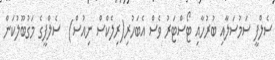
ސެލްފީ ސަމުސަލާއި ބުރުހާއި ޓޯސްޓަރު ވެސް އެބަހުރި(ރިލެކްސް ނިއުސް)  ސެލްފީގެ މަގުބޫލުކަން